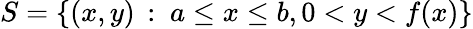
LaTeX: S=\left\{ (x,y)\, :\ a\leq x\leq b,0<y<f(x)\right\}